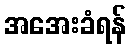
အအေးခံရန်